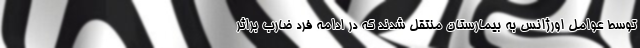
توسط عوامل اورژانس به بیمارستان منتقل شدند که در ادامه فرد ضارب براثر